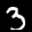
Label: 3